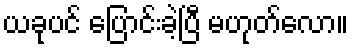
ယခုပင် ပြောင်းခဲ့ပြီ မဟုတ်လော။